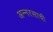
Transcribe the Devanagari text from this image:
अन्नरसाची